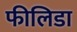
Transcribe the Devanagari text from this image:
फीलिडा